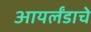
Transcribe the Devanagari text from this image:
आयर्लंडाचे